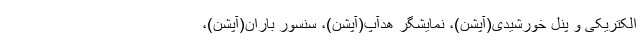
الکتریکی و پنل خورشیدی(آپشن)، نمایشگر هدآپ(آپشن)، سنسور باران(آپشن)،